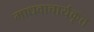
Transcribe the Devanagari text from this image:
माधवाचार्यकृत